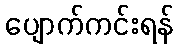
ပျောက်ကင်းရန်